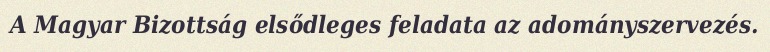
A Magyar Bizottság elsődleges feladata az adományszervezés.